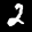
Label: 2